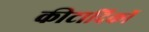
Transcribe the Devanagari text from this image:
कीटादिकों